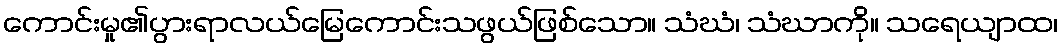
ကောင်းမှု၏ပွားရာလယ်မြေကောင်းသဖွယ်ဖြစ်သော။ သံဃံ၊ သံဃာကို။ သရေယျာထ၊